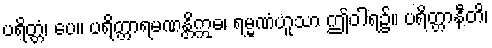
ပရိတ္တံ၊ ပေ။ ပရိတ္တာရမဏန္တိဣဓ၊ ရမ္မဏံဟူသာ ဤဝါရ၌။ ပရိတ္တာနီတိ၊